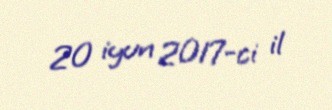
20 iyun 2017-ci il